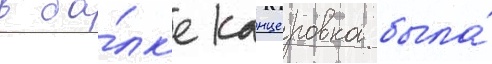
в ба́лк'е канцеровка была́